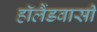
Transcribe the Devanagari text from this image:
हॉलैंडवासी